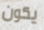
يكون